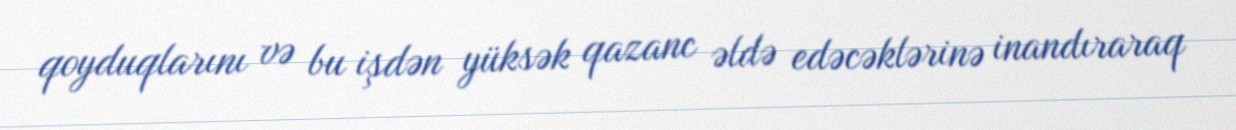
qoyduqlarını və bu işdən yüksək qazanc əldə edəcəklərinə inandıraraq